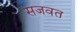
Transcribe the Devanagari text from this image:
सजवत